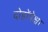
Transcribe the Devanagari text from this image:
दोहोंपेक्षा